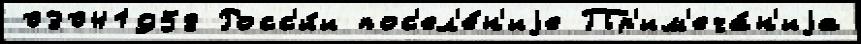
03041958 Росс'и́и пос'ел'е́н'иjе Пр'им'еча́н'иjа